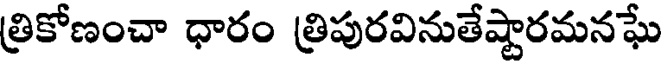
త్రికోణంచా ధారం త్రిపురవినుతేష్టారమనఘే